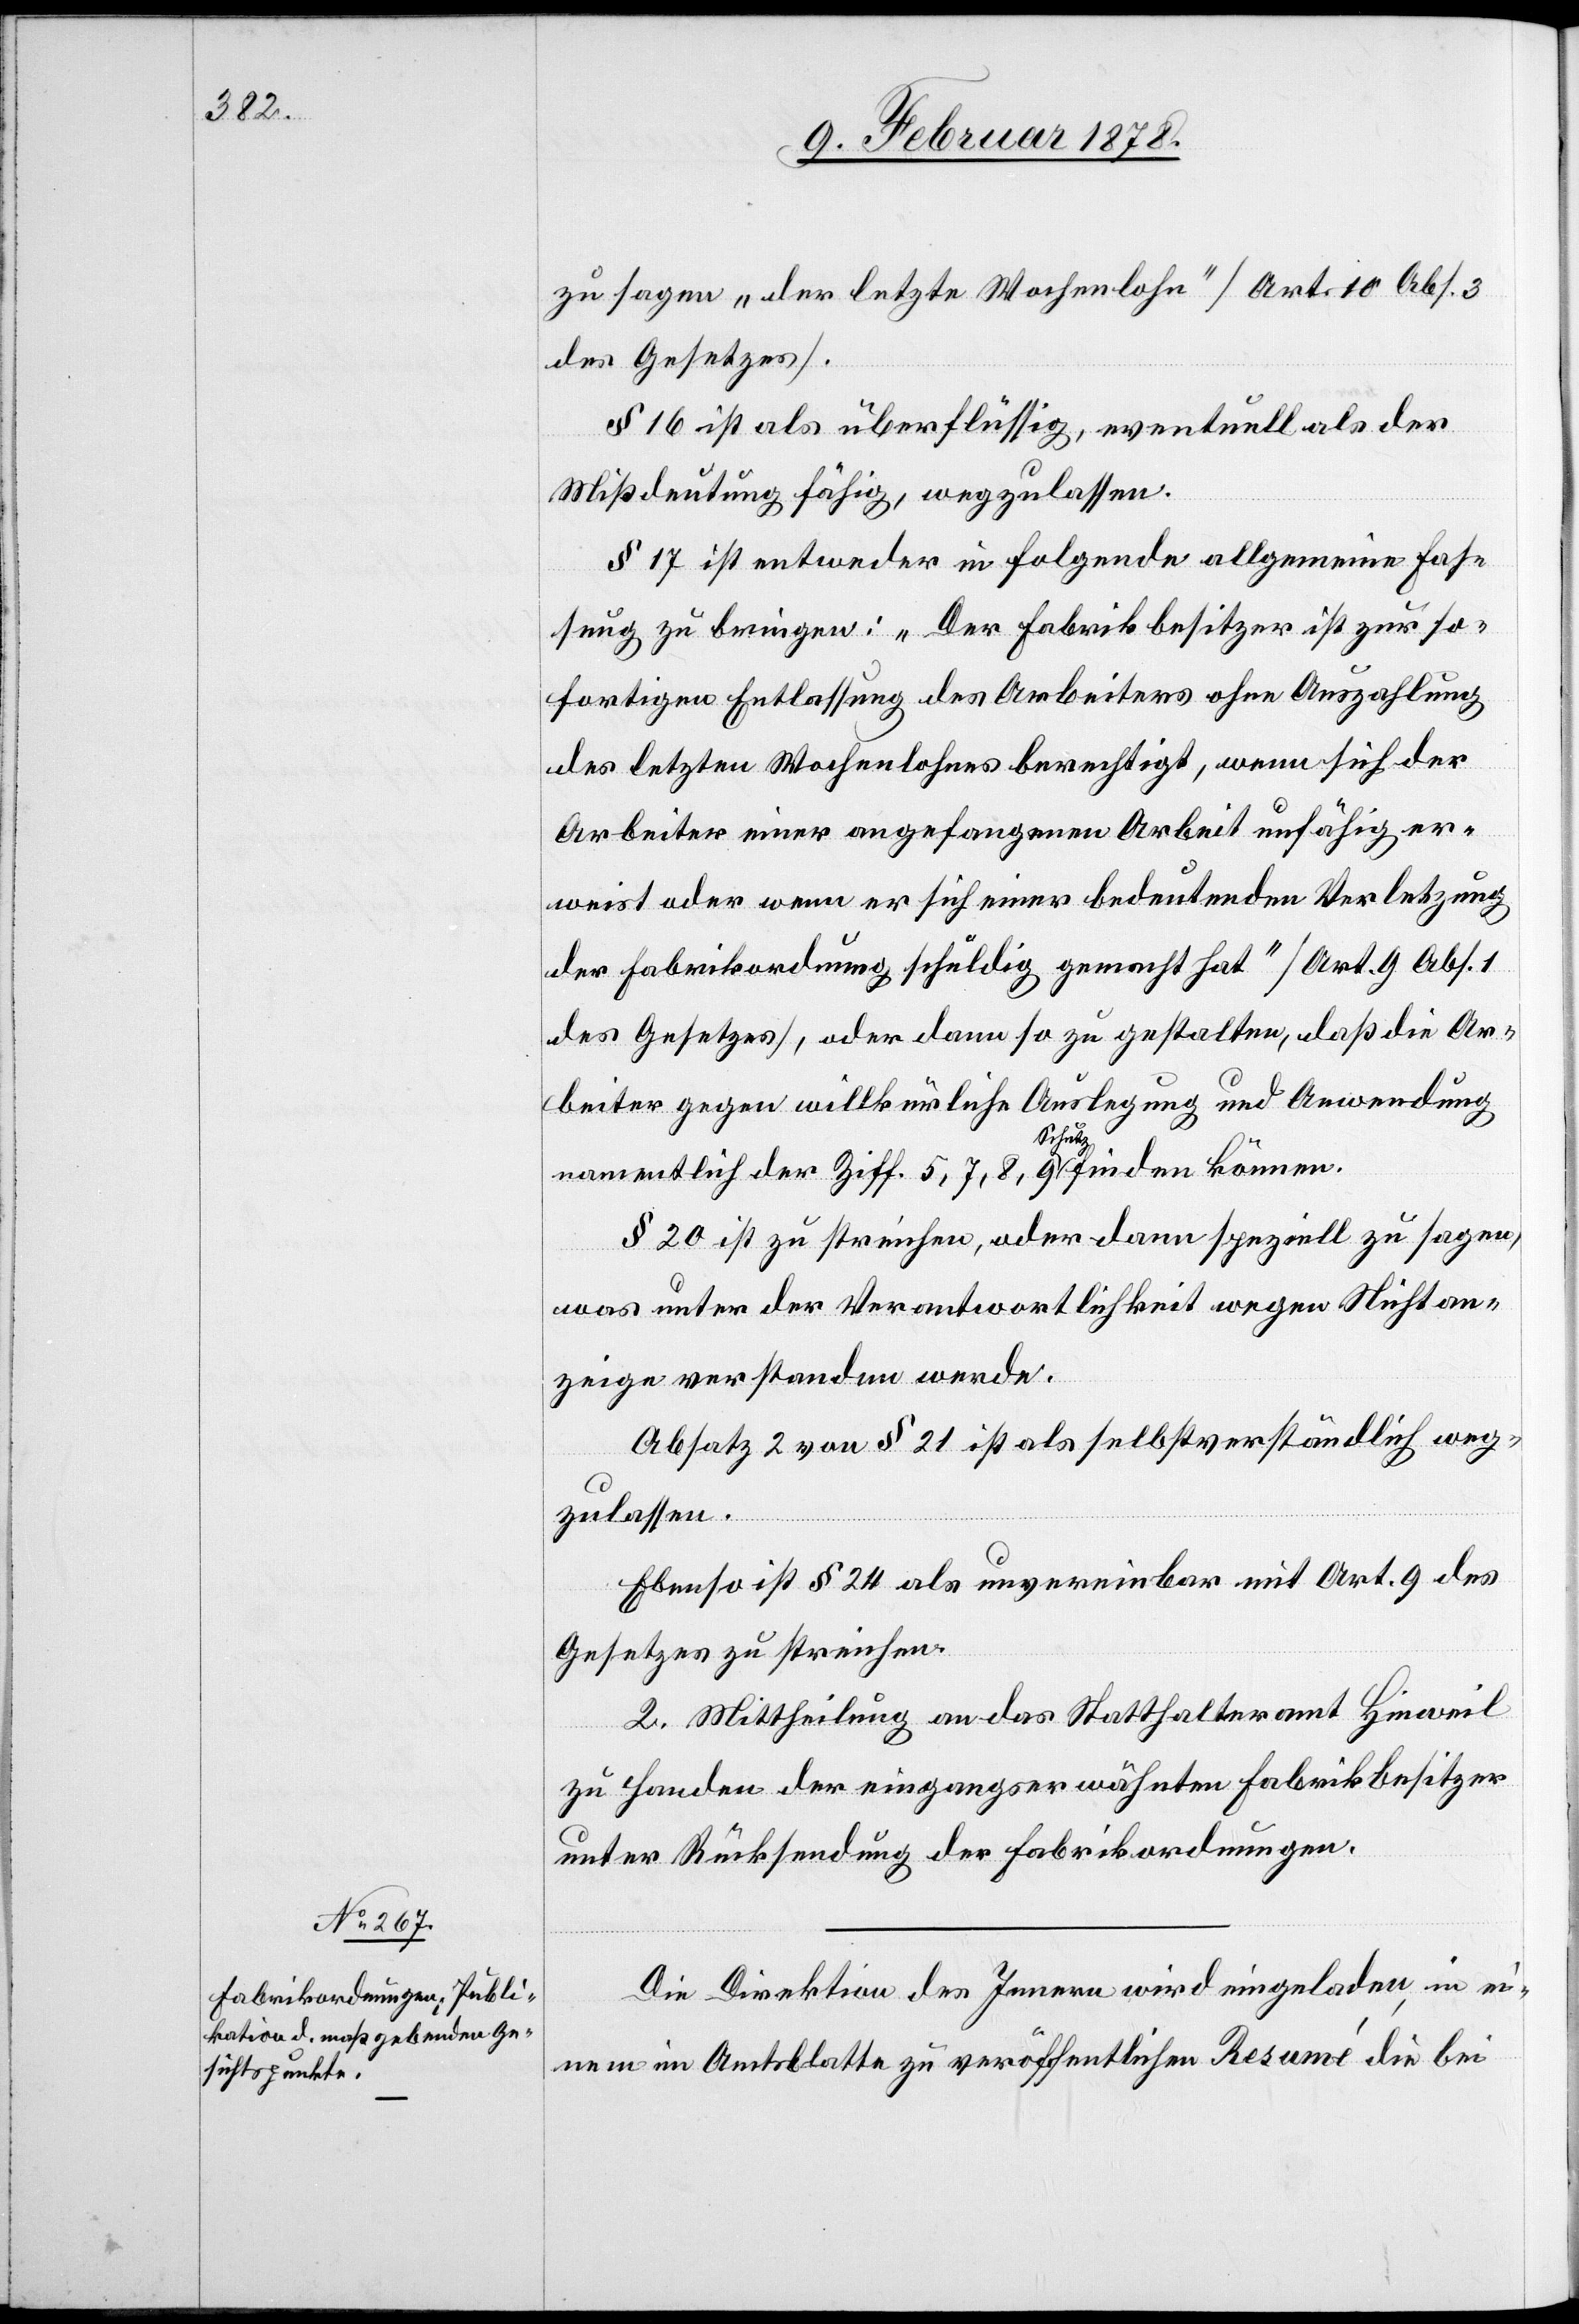
zu sagen „der letzte Wochenlohn“ (Art. 10 Abs. 3
des Gesetzes).
§ 16 ist als überflüssig, eventuell als der
Missdeutung fähig, wegzulassen.
§ 17 ist entweder in folgende allgemeine Fas¬
sung zu bringen: „Der Fabrikbesitzer ist zur so¬
fortigen Entlassung des Arbeiters ohne Auszahlung
des letzten Wochenlohnes berechtigt, wenn sich der
Arbeiter einer angefangenen Arbeit unfähig er¬
weist oder wenn er sich einer bedeutenden Verletzung
der Fabrikordnung schuldig gemacht hat“ (Art. 9 Abs. 1
des Gesetzes), oder dann so zu gestalten, daß die Ar¬
beiter gegen willkürliche Auslegung und Anwendung
namentlich der Ziff. 5, 7, 8, 9 Schutz finden können.
§ 20 ist zu streichen, oder dann speziell zu sagen,
was unter der Verantwortlichkeit wegen Nichtan¬
zeige verstanden werde.
Absatz 2 von § 21 ist als selbstverständlich weg¬
zulassen.
Ebenso ist § 24 als unvereinbar mit Art. 9 des
Gesetzes zu streichen.
2. Mittheilung an das Statthalteramt Hinweil
zu Handen der eingangserwähnten Fabrikbesitzer
unter Rücksendung der Fabrikordnungen.
Die Direktion des Innern wird eingeladen, in ei¬
nem im Amtsblatte zu veröffentlichen[den] Resumé die bei